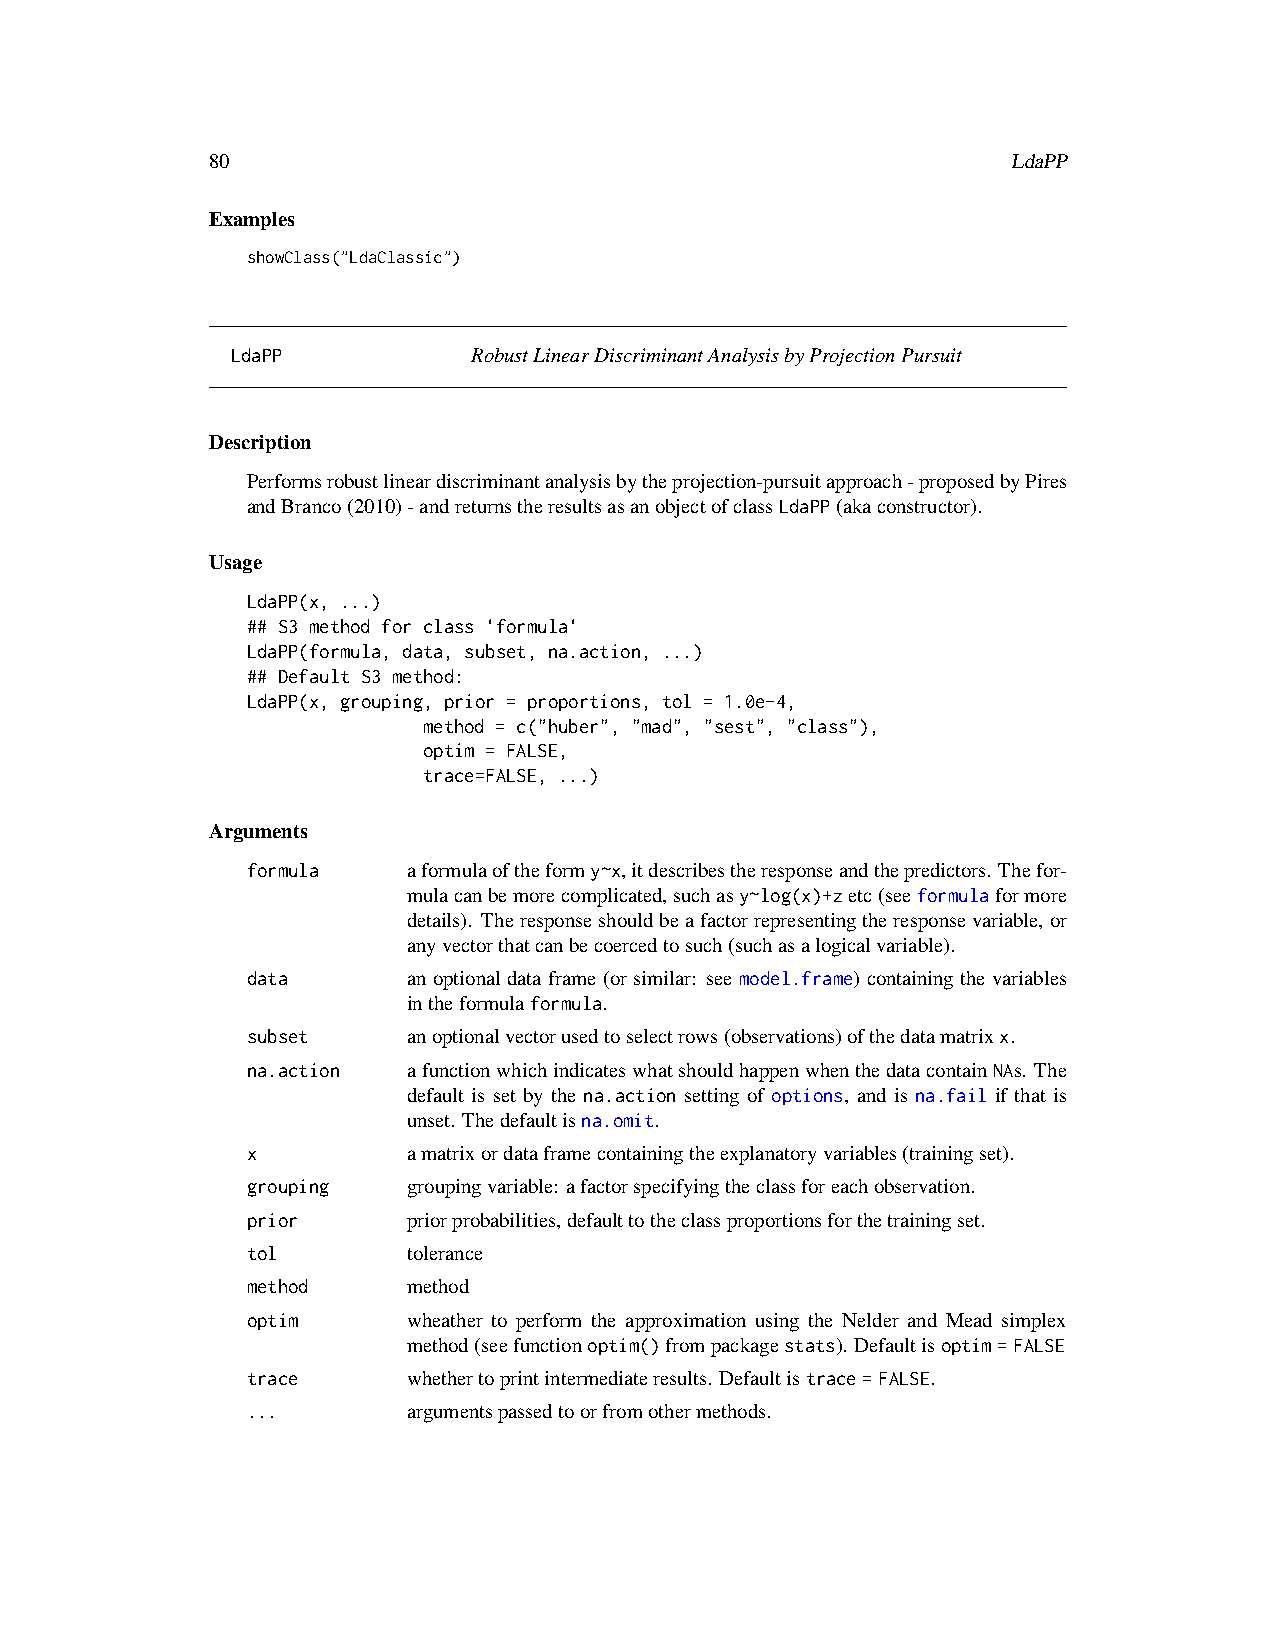
80                                                   LdaPP
 Examples
 showClass("LdaClassic")
 LdaPP           RobustLinearDiscriminantAnalysisbyProjectionPursuit
 Description
 Performsrobustlineardiscriminantanalysisbytheprojection-pursuitapproach-proposedbyPires
 andBranco(2010)-andreturnstheresultsasanobjectofclassLdaPP(akaconstructor).
 Usage
 LdaPP(x, ...)
 ## S3 method for class 'formula'
 LdaPP(formula, data, subset, na.action, ...)
 ## Default S3 method:
 LdaPP(x, grouping, prior = proportions, tol = 1.0e-4,
 method = c("huber", "mad", "sest", "class"),
 optim = FALSE,
 trace=FALSE, ...)
 Arguments
 formula    aformulaoftheformy~x,itdescribestheresponseandthepredictors. Thefor-
 mulacanbemorecomplicated,suchasy~log(x)+zetc(seeformulaformore
 details). Theresponseshouldbeafactorrepresentingtheresponsevariable,or
 anyvectorthatcanbecoercedtosuch(suchasalogicalvariable).
 data       an optional data frame (or similar: see model.frame) containing the variables
 intheformulaformula.
 subset     anoptionalvectorusedtoselectrows(observations)ofthedatamatrixx.
 na.action  afunctionwhichindicateswhatshouldhappenwhenthedatacontainNAs. The
 default is set by the na.action setting of options, and is na.fail if that is
 unset. Thedefaultisna.omit.
 x          amatrixordataframecontainingtheexplanatoryvariables(trainingset).
 grouping   groupingvariable: afactorspecifyingtheclassforeachobservation.
 prior      priorprobabilities,defaulttotheclassproportionsforthetrainingset.
 tol        tolerance
 method     method
 optim      wheather to perform the approximation using the Nelder and Mead simplex
 method(seefunctionoptim()frompackagestats). Defaultisoptim=FALSE
 trace      whethertoprintintermediateresults. Defaultistrace=FALSE.
 ...        argumentspassedtoorfromothermethods.